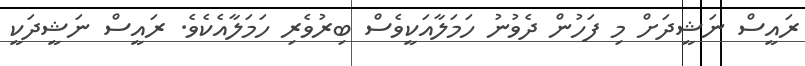
ރައީސް ނަޝީދަށް މި ފަހުން ދެވުނު ހަމަލާއަކީވެސް ބިރުވެރި ހަމަލާއެކެވެ. ރައީސް ނަޝީދަކީ